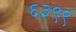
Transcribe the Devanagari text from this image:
६३९९